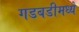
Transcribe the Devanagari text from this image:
गडबडीमध्ये